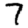
Digit: 7